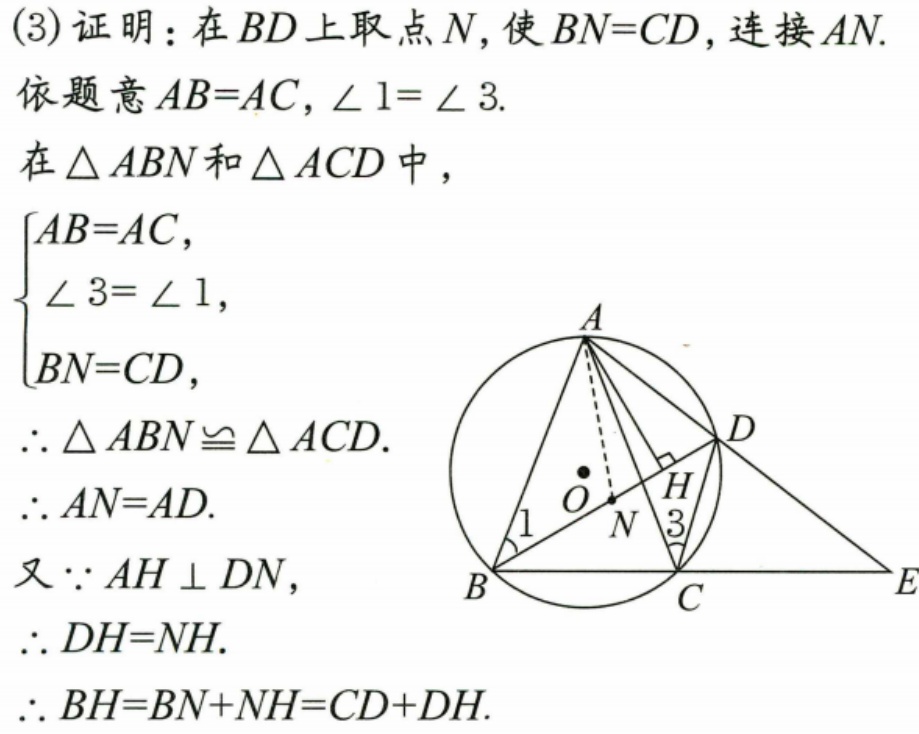
(3) 证明：在 \(BD\) 上取点 \(N\)，使 \(BN = CD\)，连接 \(AN\).
依题意 \(AB = AC\)，\(\angle 1=\angle 3\).
在 \(\triangle ABN\) 和 \(\triangle ACD\) 中，
\(\begin{cases}
AB = AC,\\
\angle 3=\angle 1,\\
BN = CD,
\end{cases}\)
\(\therefore \triangle ABN\cong\triangle ACD\).
\(\therefore AN = AD\).
又 \(\because AH\perp DN\)，
\(\therefore DH = NH\).
\(\therefore BH=BN + NH=CD + DH\).